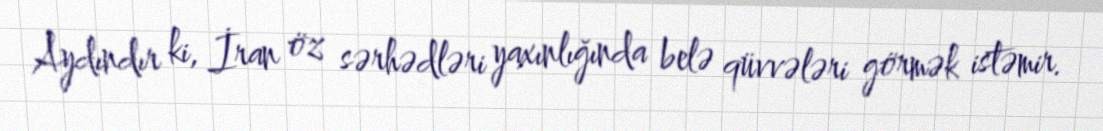
Aydındır ki, İran öz sərhədləri yaxınlığında belə qüvvələri görmək istəmir.